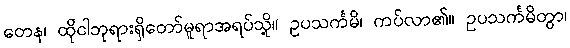
တေန၊ ထိုငါဘုရားရှိတော်မူရာအရပ်သို့။ ဥပသင်္ကမိ၊ ကပ်လာ၏။ ဥပသင်္ကမိတွာ၊